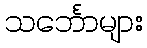
သင်္ဘောများ